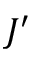
J ^ { \prime }